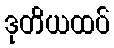
ဒုတိယထပ်